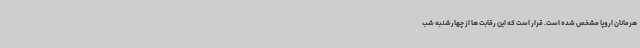
هرمانان اروپا مشخص شده است. قرار است که این رقابت ها از چهارشنبه شب